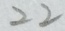
2 2